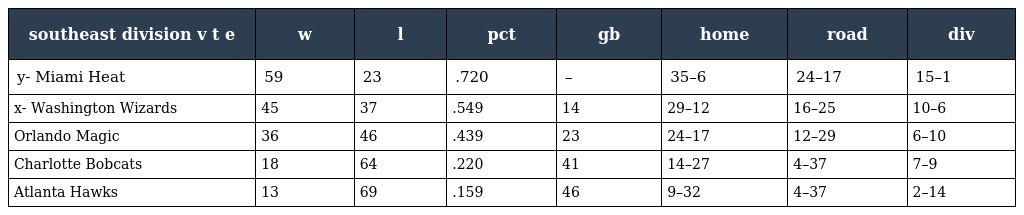
| southeast division v t e | w | l | pct | gb | home | road | div |
 | --- | --- | --- | --- | --- | --- | --- | --- |
 | y- Miami Heat | 59 | 23 | .720 | – | 35–6 | 24–17 | 15–1 |
 | x- Washington Wizards | 45 | 37 | .549 | 14 | 29–12 | 16–25 | 10–6 |
 | Orlando Magic | 36 | 46 | .439 | 23 | 24–17 | 12–29 | 6–10 |
 | Charlotte Bobcats | 18 | 64 | .220 | 41 | 14–27 | 4–37 | 7–9 |
 | Atlanta Hawks | 13 | 69 | .159 | 46 | 9–32 | 4–37 | 2–14 |